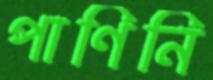
পাণিনি